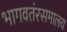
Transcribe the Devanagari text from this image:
भागवतंरसमालय